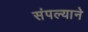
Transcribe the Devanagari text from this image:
संपल्‍याने